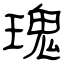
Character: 瑰